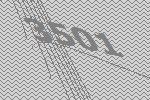
3501